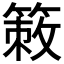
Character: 𥰡